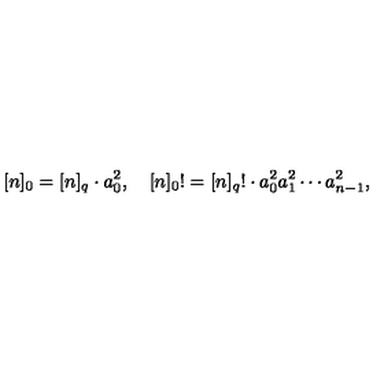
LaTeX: [ n ] _ { 0 } = [ n ] _ { q } \cdot a _ { 0 } ^ { 2 } , \quad [ n ] _ { 0 } ! = [ n ] _ { q } ! \cdot a _ { 0 } ^ { 2 } a _ { 1 } ^ { 2 } \cdots a _ { n - 1 } ^ { 2 } ,